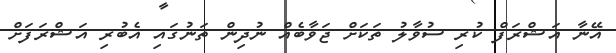
އޭނާ އަޝްރަފް ކުރި ސުވާލު ތަކަށް ޖަވާބެއް ނުދިން ތަނުގައި އެބުރި އަޝްރަފަށް